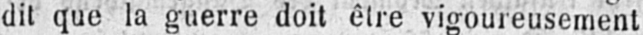
dit que la guerre doit être vigoureusement